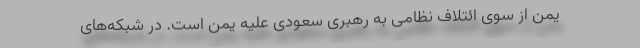
یمن از سوی ائتلاف نظامی به رهبری سعودی علیه یمن است. در شبکه‌های